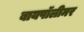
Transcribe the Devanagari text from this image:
बायपॉलीमर